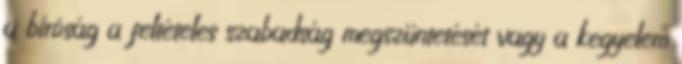
a bíróság a feltételes szabadság megszüntetését vagy a kegyelem